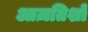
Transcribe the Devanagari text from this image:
आज़तिशों